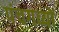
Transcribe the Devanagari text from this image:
पंचगव्यों